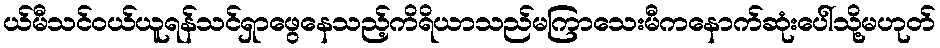
ယ်မီသင်ဝယ်ယူရန်သင်ရှာဖွေနေသည့်ကိရိယာသည်မကြာသေးမီကနောက်ဆုံးပေါ်သို့မဟုတ်